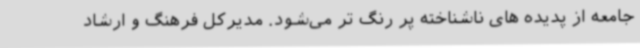
جامعه از پدیده های ناشناخته پر رنگ تر می‌شود. مدیرکل فرهنگ و ارشاد